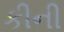
કીની